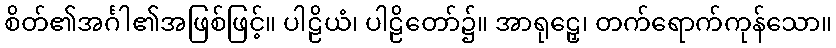
စိတ်၏အင်္ဂါ၏အဖြစ်ဖြင့်။ ပါဠိယံ၊ ပါဠိတော်၌။ အာရုဠှေ၊ တက်ရောက်ကုန်သော။